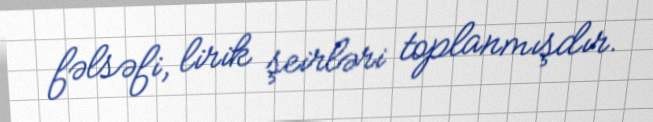
fəlsəfi, lirik şeirləri toplanmışdır.